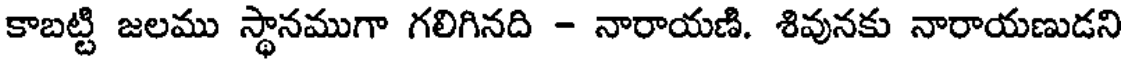
కాబట్టి జలము స్థానముగా గలిగినది - నారాయణి. శివునకు నారాయణుడని